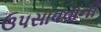
ઉપસાવવાની